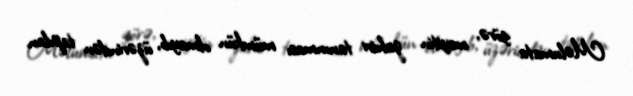
Məlumata görə, meyitin zahiri tanınması mümkün olmayıb, üzərindən tapılan